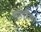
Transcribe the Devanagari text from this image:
सालींचा